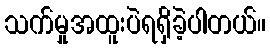
သက်မှုအထူးပဲရရှိခဲ့ပါတယ်။